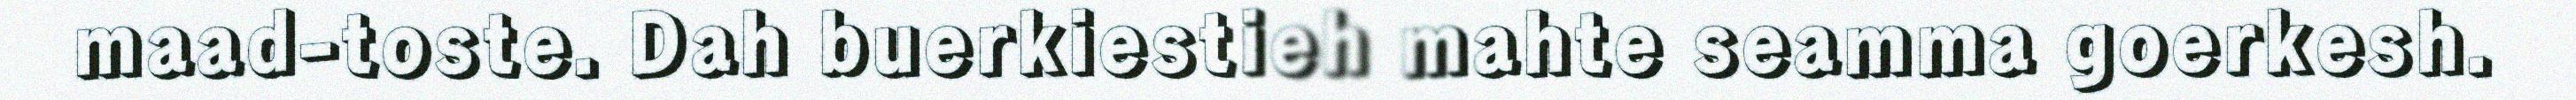
maad-toste. Dah buerkiestieh mahte seamma goerkesh.